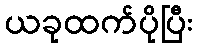
ယခုထက်ပိုပြီး